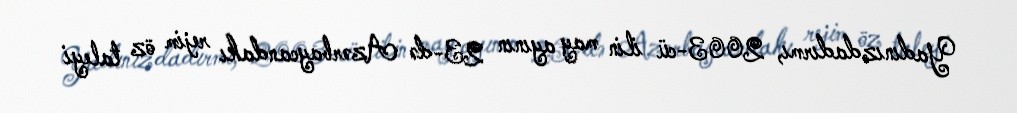
Yadınızdadırmı, 2003-cü ilin may ayının 23-də Azərbaycandakı rejim öz taleyi